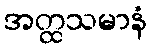
အတ္ထသမာနံ